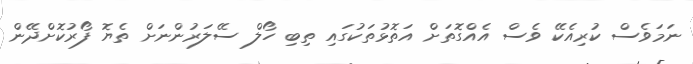
ނަމަވެސް ކުރިއެކޭ ވެސް އެއްގޮތަށް އަތޮޅުތަކުގައި ތިބި ހޯލް ސޭލަރުންނަށް ތެޔޮ ފޯރުކޮށްދޭން